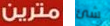
مترين شئ